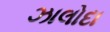
ઝાલોદા